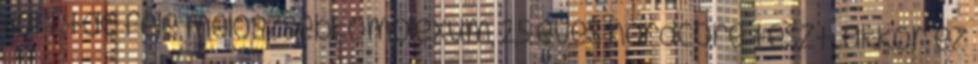
Darktac féle melószsebkomplexum, 2,5 éves hardcore teszt. akkor ez